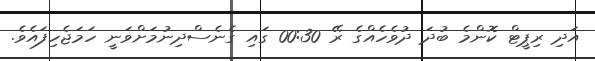
އަދި ރިޕީޓް ކޮންމެ ބުދަ ދުވެހެއްގެ ރޭ 00:30 ގައި ގެނެސްދިނުމަށްވަނީ ހަމަޖެހިފައެވެ.